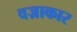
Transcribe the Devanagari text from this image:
वज्राकार